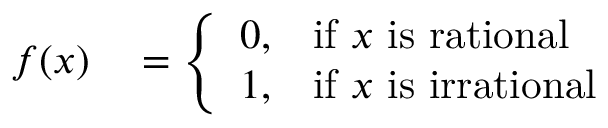
\begin{array} { r l } { f ( x ) } & { { } = { \left\{ \begin{array} { l l } { 0 , } & { { \mathrm { i f ~ } } x { \mathrm { ~ i s ~ r a t i o n a l } } } \\ { 1 , } & { { \mathrm { i f ~ } } x { \mathrm { ~ i s ~ i r r a t i o n a l } } } \end{array} \right. } } \end{array}